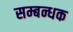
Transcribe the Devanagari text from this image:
सम्बन्धक